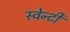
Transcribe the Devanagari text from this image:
स्वेन्‍टी